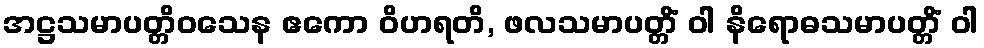
အဋ္ဌသမာပတ္တိဝသေန ဧကော ဝိဟရတိ, ဖလသမာပတ္တိံ ဝါ နိရောဓသမာပတ္တိံ ဝါ